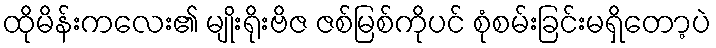
ထိုမိန်းကလေး၏ မျိုးရိုးဗိဇ ဇစ်မြစ်ကိုပင် စုံစမ်းခြင်းမရှိတော့ပဲ